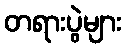
တရားပွဲများ